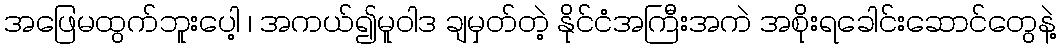
အဖြေမထွက်ဘူးပေါ့ ၊ အကယ်၍မူဝါဒ ချမှတ်တဲ့ နိုင်ငံအကြီးအကဲ အစိုးရခေါင်းဆောင်တွေနဲ့